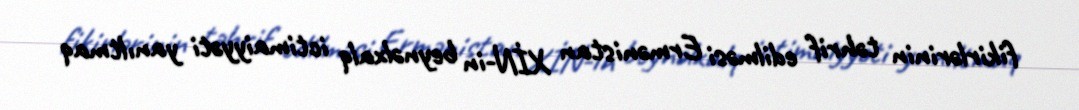
fikirlərinin təhrif edilməsi Ermənistan XİN-in beynəlxalq ictimaiyyəti yanıltmaq